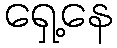
ရှေ့နေ